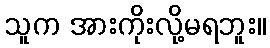
သူက အားကိုးလို့မရဘူး။